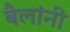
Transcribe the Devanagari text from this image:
बैलांनी